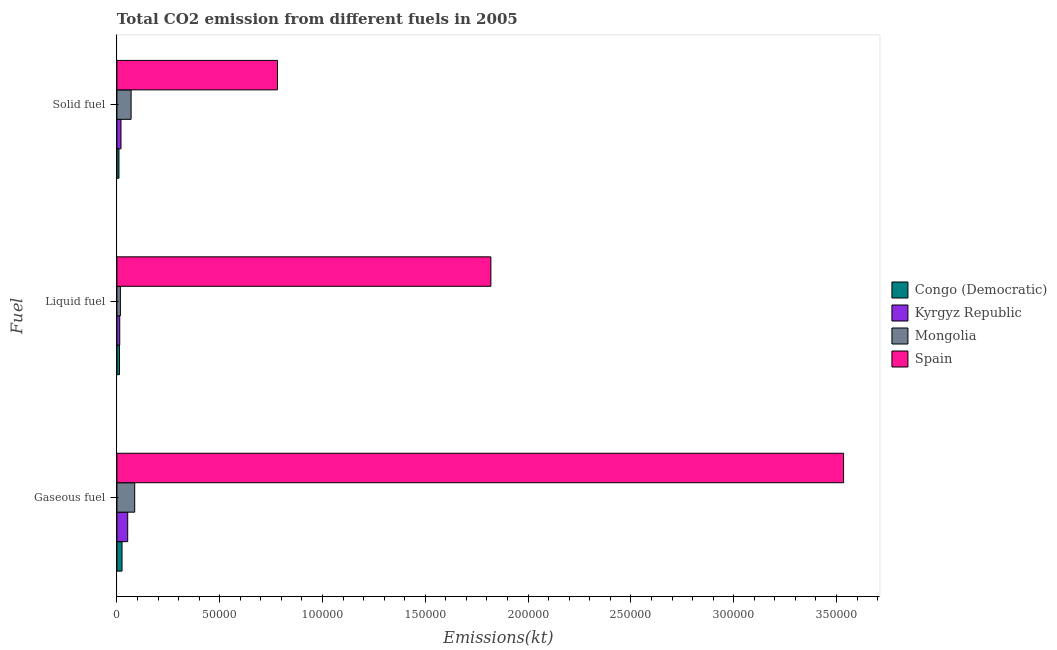
| Fuel | Congo (Democratic) | Kyrgyz Republic | Mongolia | Spain |
 | --- | --- | --- | --- | --- |
 | Gaseous fuel | 2.49e+03 | 5.25e+03 | 8.65e+03 | 3.53e+05 |
 | Liquid fuel | 1.24e+03 | 1.37e+03 | 1.69e+03 | 1.82e+05 |
 | Solid fuel | 986 | 1.98e+03 | 6.9e+03 | 7.81e+04 |